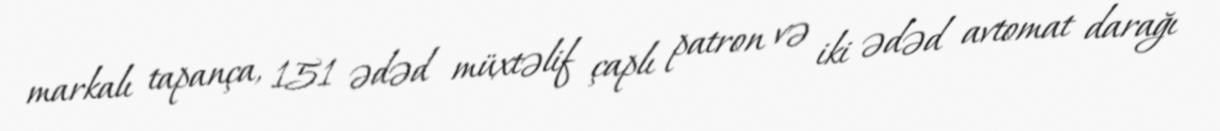
markalı tapança, 151 ədəd müxtəlif çaplı patron və iki ədəd avtomat darağı